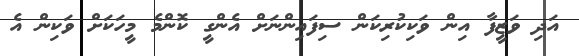
އަދި ވަޒީފާ އިން ވަކިކުރިކަން ސިފައިންނަށް އެންގީ ކޮންމެ މީހަކަށް ވަކިން އެ